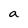
Character: a